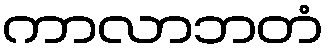
ကာလာဘတံ